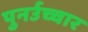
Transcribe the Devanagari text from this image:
पुनर्उच्चार